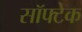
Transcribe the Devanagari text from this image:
सॉफ्टेक